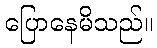
ပြောနေမိသည်။